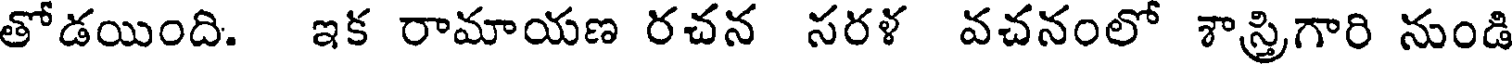
తోడయింది. ఇక రామాయణ రచన సరళ వచనంలో శాస్త్రిగారి నుండి